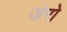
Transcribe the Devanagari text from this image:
जेरो